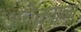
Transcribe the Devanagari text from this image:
अचेतनाला